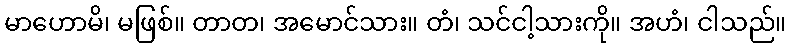
မာဟောမိ၊ မဖြစ်။ တာတ၊ အမောင်သား။ တံ၊ သင်ငါ့သားကို။ အဟံ၊ ငါသည်။